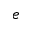
e